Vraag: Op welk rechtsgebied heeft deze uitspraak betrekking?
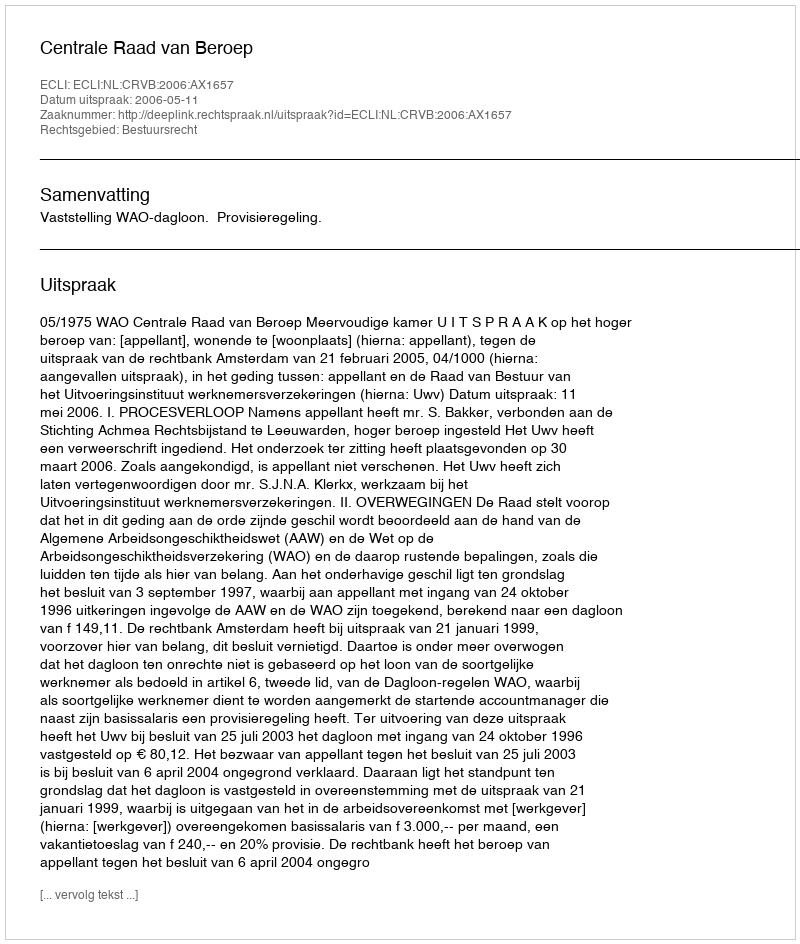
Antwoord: Bestuursrecht